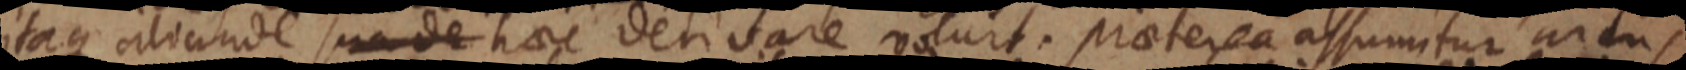
itaque aliunde sua de haec derivare volut. praeterea assumitur arcus